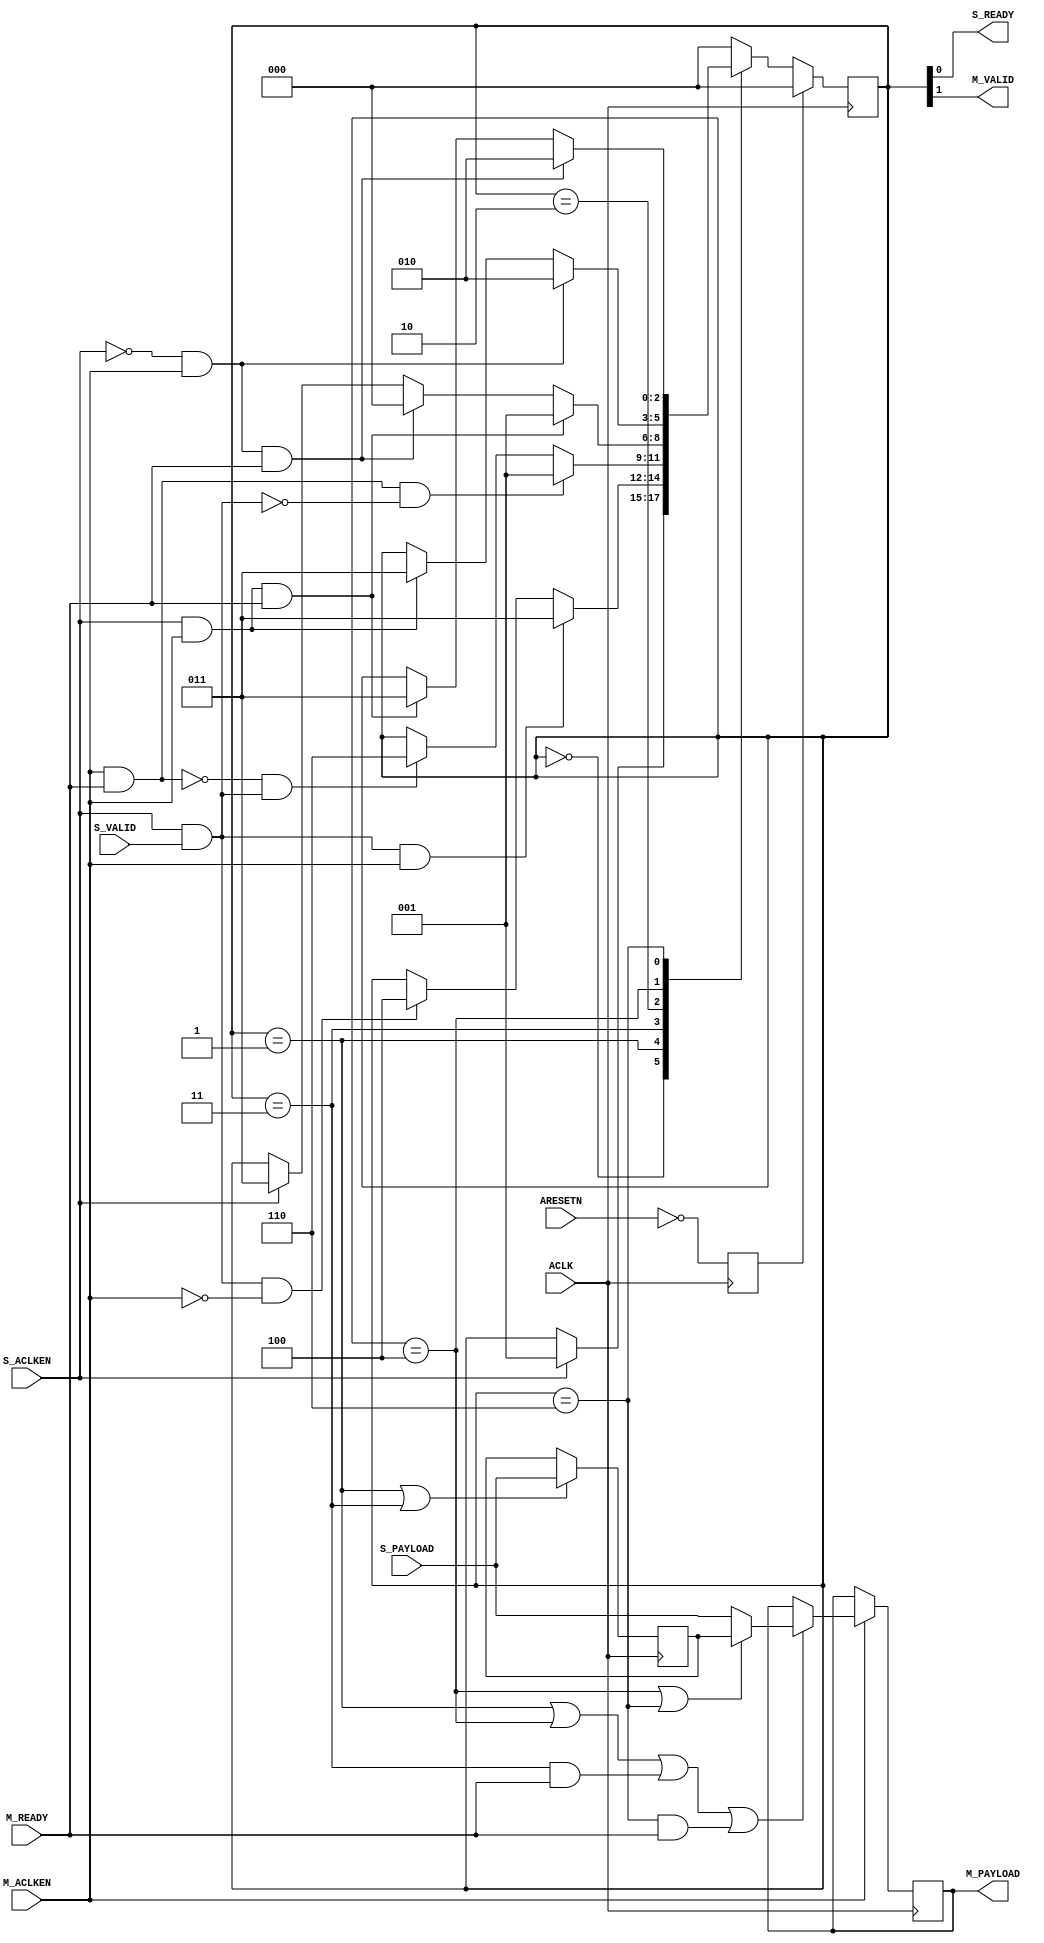
// (c) Copyright 2012 Xilinx, Inc. All rights reserved.
//
// This file contains confidential and proprietary information
// of Xilinx, Inc. and is protected under U.S. and
// international copyright and other intellectual property
// laws.
//
// DISCLAIMER
// This disclaimer is not a license and does not grant any
// rights to the materials distributed herewith. Except as
// otherwise provided in a valid license issued to you by
// Xilinx, and to the maximum extent permitted by applicable
// law: (1) THESE MATERIALS ARE MADE AVAILABLE "AS IS" AND
// WITH ALL FAULTS, AND XILINX HEREBY DISCLAIMS ALL WARRANTIES
// AND CONDITIONS, EXPRESS, IMPLIED, OR STATUTORY, INCLUDING
// BUT NOT LIMITED TO WARRANTIES OF MERCHANTABILITY, NON-
// INFRINGEMENT, OR FITNESS FOR ANY PARTICULAR PURPOSE; and
// (2) Xilinx shall not be liable (whether in contract or tort,
// including negligence, or under any other theory of
// liability) for any loss or damage of any kind or nature
// related to, arising under or in connection with these
// materials, including for any direct, or any indirect,
// special, incidental, or consequential loss or damage
// (including loss of data, profits, goodwill, or any type of
// loss or damage suffered as a result of any action brought
// by a third party) even if such damage or loss was
// reasonably foreseeable or Xilinx had been advised of the
// possibility of the same.
//
// CRITICAL APPLICATIONS
// Xilinx products are not designed or intended to be fail-
// safe, or for use in any application requiring fail-safe
// performance, such as life-support or safety devices or
// systems, Class III medical devices, nuclear facilities,
// applications related to the deployment of airbags, or any
// other applications that could lead to death, personal
// injury, or severe property or environmental damage
// (individually and collectively, "Critical
// Applications"). Customer assumes the sole risk and
// liability of any use of Xilinx products in Critical
// Applications, subject only to applicable laws and
// regulations governing limitations on product liability.
//
// THIS COPYRIGHT NOTICE AND DISCLAIMER MUST BE RETAINED AS
// PART OF THIS FILE AT ALL TIMES.
//-----------------------------------------------------------------------------
//
// Verilog-standard:  Verilog 2001
//--------------------------------------------------------------------------
//
// Structure:
//   axis_interconnect_v1_1_util_aclken_converter
//
//--------------------------------------------------------------------------

`timescale 1ps/1ps
`default_nettype none

module axis_interconnect_v1_1_util_aclken_converter # (
///////////////////////////////////////////////////////////////////////////////
// Parameter Definitions
///////////////////////////////////////////////////////////////////////////////
  parameter integer C_PAYLOAD_WIDTH       = 32,
  parameter integer C_S_ACLKEN_CAN_TOGGLE = 1,
  parameter integer C_M_ACLKEN_CAN_TOGGLE = 1
  )
 (
///////////////////////////////////////////////////////////////////////////////
// Port Declarations
///////////////////////////////////////////////////////////////////////////////
  // Slave side
  input  wire                        ACLK,
  input  wire                        ARESETN,

  input  wire                        S_ACLKEN,
  input  wire [C_PAYLOAD_WIDTH-1:0]  S_PAYLOAD,
  input  wire                        S_VALID,
  output wire                        S_READY,

  // Master side
  input  wire                        M_ACLKEN,
  output wire [C_PAYLOAD_WIDTH-1:0]  M_PAYLOAD,
  output wire                        M_VALID,
  input  wire                        M_READY
);

////////////////////////////////////////////////////////////////////////////////
// Functions
////////////////////////////////////////////////////////////////////////////////


////////////////////////////////////////////////////////////////////////////////
// Local parameters
////////////////////////////////////////////////////////////////////////////////

// State machine states
localparam SM_NOT_READY    = 3'b000;
localparam SM_EMPTY        = 3'b001;
localparam SM_R0_NOT_READY = 3'b010;
localparam SM_R0           = 3'b011;
localparam SM_R1           = 3'b100;
localparam SM_FULL         = 3'b110;

////////////////////////////////////////////////////////////////////////////////
// Wires/Reg declarations
////////////////////////////////////////////////////////////////////////////////
wire s_aclken_i;
wire m_aclken_i;
reg  areset;

reg [2:0] state;

// r0 is the output register
reg [C_PAYLOAD_WIDTH-1:0] r0;
wire                      load_r0;
wire                      load_r0_from_r1;

// r1 is the overflow register
reg [C_PAYLOAD_WIDTH-1:0] r1;
wire                      load_r1;
////////////////////////////////////////////////////////////////////////////////
// BEGIN RTL
////////////////////////////////////////////////////////////////////////////////

assign s_aclken_i = C_S_ACLKEN_CAN_TOGGLE ? S_ACLKEN : 1'b1;
assign m_aclken_i = C_M_ACLKEN_CAN_TOGGLE ? M_ACLKEN : 1'b1;

always @(posedge ACLK) begin 
  areset <= ~ARESETN;
end

// Valid/Ready outputs encoded into state machine.
assign S_READY = state[0];
assign M_VALID = state[1];

// State machine: Controls outputs and hold register state info
always @(posedge ACLK) begin 
  if (areset) begin
    state <= SM_NOT_READY;
  end
  else begin 
    case (state)
      // De-assert s_ready, de-assert m_valid, R0 unoccupied, R1 unoccupied
      SM_NOT_READY: begin
        if (s_aclken_i) begin
          state <= SM_EMPTY;
        end
        else begin
          state <= state;
        end
      end

      // Assert s_ready, de-assert m_valid, R0 unoccupied, R1 unoccupied
      SM_EMPTY: begin
        if (s_aclken_i & S_VALID & m_aclken_i) begin
          state <= SM_R0;
        end
        else if (s_aclken_i & S_VALID & ~m_aclken_i) begin
          state <= SM_R1;
        end
        else begin 
          state <= state;
        end
      end

      // Assert s_ready, Assert m_valid, R0 occupied, R1 unoccupied
      SM_R0: begin
        if ((m_aclken_i & M_READY) & ~(s_aclken_i & S_VALID)) begin
          state <= SM_EMPTY;
        end
        else if (~(m_aclken_i & M_READY) & (s_aclken_i & S_VALID)) begin
          state <= SM_FULL;
        end
        else begin 
          state <= state;
        end
      end

      // De-assert s_ready, Assert m_valid, R0 occupied, R1 unoccupied
      SM_R0_NOT_READY: begin
        if (s_aclken_i & m_aclken_i & M_READY) begin
          state <= SM_EMPTY;
        end
        else if (~s_aclken_i & m_aclken_i & M_READY) begin
          state <= SM_NOT_READY;
        end
        else if (s_aclken_i) begin
          state <= SM_R0;
        end
        else begin 
          state <= state;
        end
      end

      // De-assert s_ready, De-assert m_valid, R0 unoccupied, R1 occupied
      SM_R1: begin
        if (~s_aclken_i & m_aclken_i) begin
          state <= SM_R0_NOT_READY;
        end
        else if (s_aclken_i & m_aclken_i) begin 
          state <= SM_R0;
        end
        else begin 
          state <= state;
        end
      end

      // De-assert s_ready, De-assert m_valid, R0 occupied, R1 occupied
      SM_FULL: begin
        if (~s_aclken_i & m_aclken_i & M_READY) begin
          state <= SM_R0_NOT_READY;
        end
        else if (s_aclken_i & m_aclken_i & M_READY) begin 
          state <= SM_R0;
        end
        else begin 
          state <= state;
        end
      end

      default: begin
        state <= SM_NOT_READY;
      end
    endcase
  end
end

assign M_PAYLOAD = r0;

always @(posedge ACLK) begin
  if (m_aclken_i) begin 
    r0 <= ~load_r0 ? r0 :
          load_r0_from_r1 ? r1 :
          S_PAYLOAD ;
  end
end

assign load_r0 = (state == SM_EMPTY) 
                 | (state == SM_R1) 
                 | ((state == SM_R0) & M_READY)
                 | ((state == SM_FULL) & M_READY);

assign load_r0_from_r1 = (state == SM_R1) | (state == SM_FULL);

always @(posedge ACLK) begin
  r1 <= ~load_r1 ? r1 : S_PAYLOAD;
end

assign load_r1 = (state == SM_EMPTY) | (state == SM_R0);


endmodule // axis_interconnect_v1_1_util_aclken_converter

`default_nettype wire